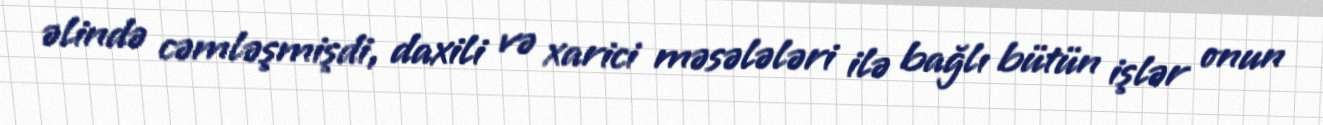
əlində cəmləşmişdi, daxili və xarici məsələləri ilə bağlı bütün işlər onun